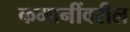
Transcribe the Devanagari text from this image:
कमानींवरील